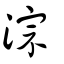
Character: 淙